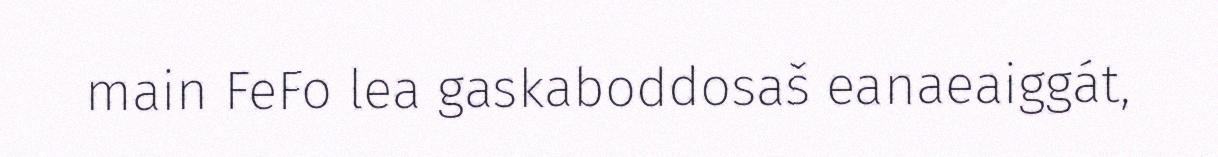
main FeFo lea gaskaboddosaš eanaeaiggát,